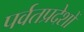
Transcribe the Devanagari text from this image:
पर्वतप्रदेशों